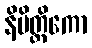
နိမိတ္တိကော